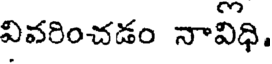
వివరించడం నావిధి.